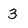
Character: 3